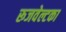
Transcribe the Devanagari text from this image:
रूजवेल्टका